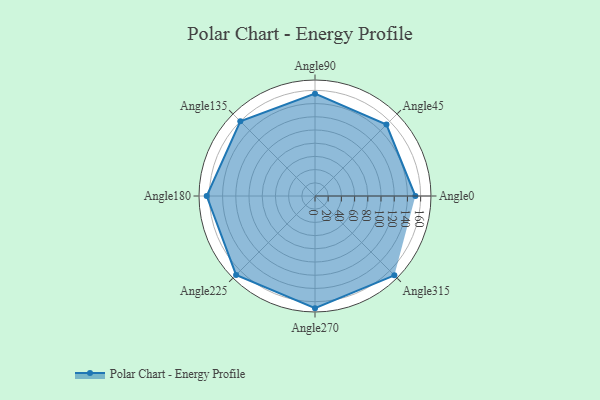
{"axis": {"x": "Angle", "y": "Radius"}, "legend": [""], "data": [{"x": "Angle0", "y": 152.0, "type": ""}, {"x": "Angle45", "y": 153.0, "type": ""}, {"x": "Angle90", "y": 155.0, "type": ""}, {"x": "Angle135", "y": 160.0, "type": ""}, {"x": "Angle180", "y": 164.0, "type": ""}, {"x": "Angle225", "y": 169.0, "type": ""}, {"x": "Angle270", "y": 170, "type": ""}, {"x": "Angle315", "y": 170, "type": ""}]}